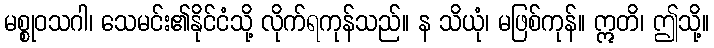
မစ္စုဝသဂါ၊ သေမင်း၏နိုင်ငံသို့ လိုက်ရကုန်သည်။ န သိယုံ၊ မဖြစ်ကုန်။ ဣတိ၊ ဤသို့။